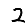
Digit: 2